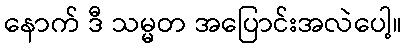
နောက် ဒီ သမ္မတ အပြောင်းအလဲပေါ့။